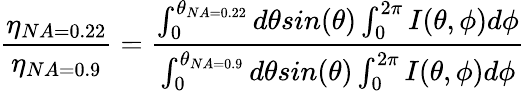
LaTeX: \frac{\eta_{NA=0.22}}{\eta_{NA=0.9}}=\frac{\int_{0}^{\theta_{NA=0.22}}d\theta sin(\theta)\int_{0}^{2\pi}I(\theta,\phi)d\phi}{\int_{0}^{\theta_{NA=0.9}}d\theta sin(\theta)\int_{0}^{2\pi}I(\theta,\phi)d\phi}